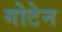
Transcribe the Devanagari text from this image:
गोटेन